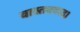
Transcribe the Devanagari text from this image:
वास्तववाद।